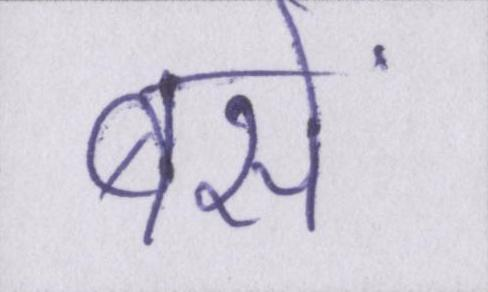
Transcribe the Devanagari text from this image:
बसें